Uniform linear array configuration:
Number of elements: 24
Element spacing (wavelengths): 1
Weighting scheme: hann
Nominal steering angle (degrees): -60
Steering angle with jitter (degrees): -58.043
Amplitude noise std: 0.05
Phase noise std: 0.05

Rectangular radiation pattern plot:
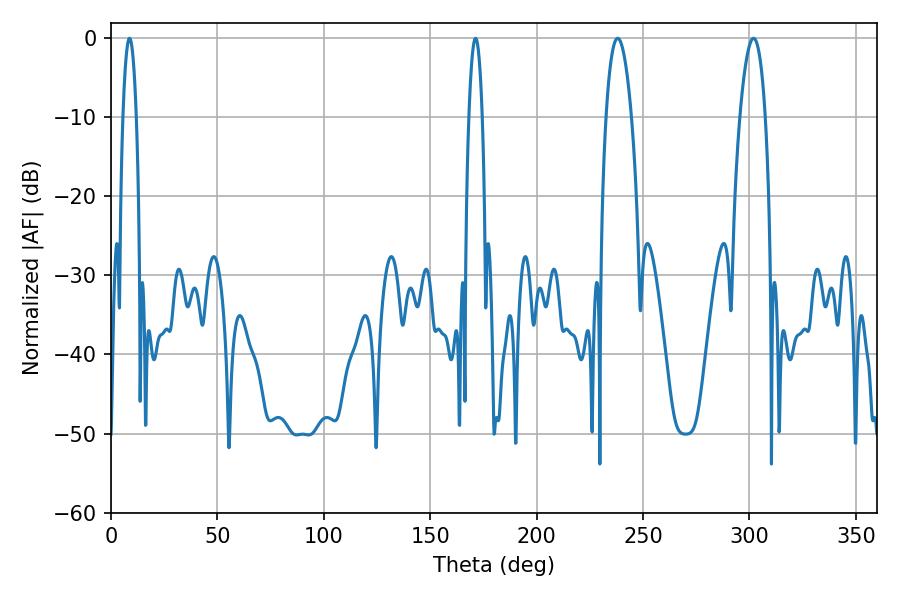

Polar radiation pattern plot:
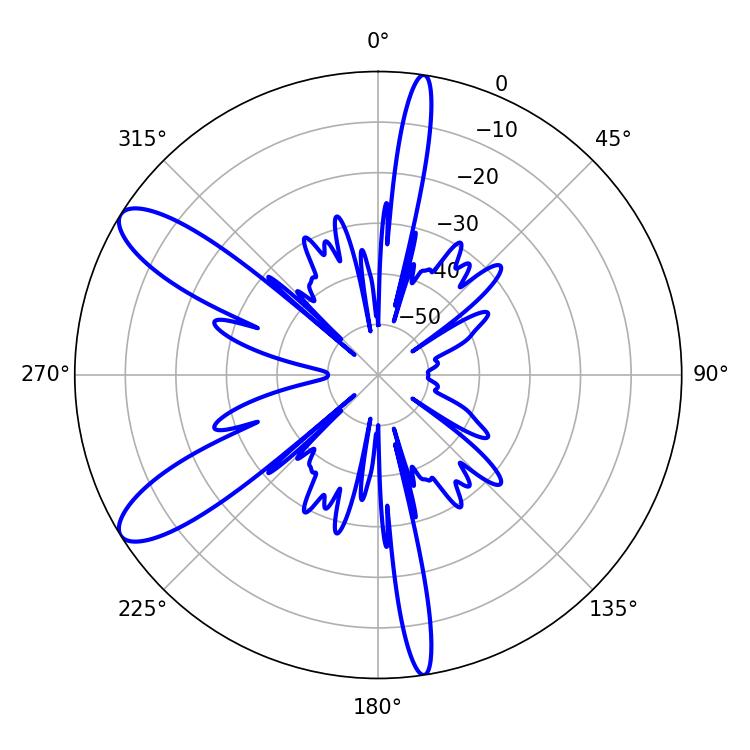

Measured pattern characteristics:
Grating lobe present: TRUE
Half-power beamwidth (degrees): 6.66
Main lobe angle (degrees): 238.14